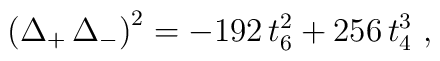
\big(\Delta_+\,\Delta_-\big)^{2}= - 192\, t_6^{2} + 256\, t_4^{3} \ ,